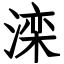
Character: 滦